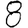
Digit: 8